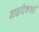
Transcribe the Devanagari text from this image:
वाढदिवसही